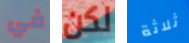
في لكن ثلاثة